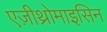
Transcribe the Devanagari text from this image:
एज़ीथ्रोमाइसिन